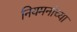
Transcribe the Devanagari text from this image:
नियमनांच्या